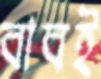
বাবই